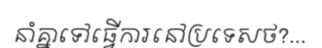
នាំគ្នាទៅធ្វើការនៅប្រទេសថ?...